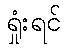
ရှုံးရင်